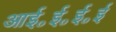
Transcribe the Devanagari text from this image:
आई॰ई॰ई॰ई